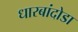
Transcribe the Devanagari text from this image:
धारबांदोडा